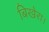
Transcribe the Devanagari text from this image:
बिखेरा।